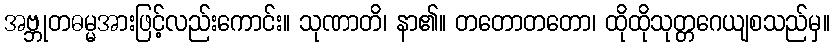
အဗ္ဘုတဓမ္မအားဖြင့်လည်းကောင်း။ သုဏာတိ၊ နာ၏။ တတောတတော၊ ထိုထိုသုတ္တဂေယျစသည်မှ။